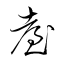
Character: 耋